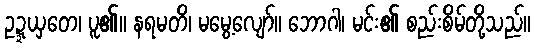
ဥဍ္ဍယှတေ၊ ပူ၏။ နရမတိ၊ မမွေ့လျော်။ ဘောဂါ၊ မင်း၏ စည်းစိမ်တို့သည်။